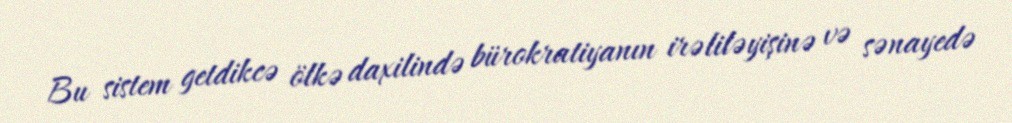
Bu sistem getdikcə ölkə daxilində bürokratiyanın irəliləyişinə və sənayedə